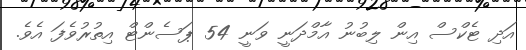
އަދި ޓެކްސް އިން ލިބުނު އާމްދަނީ ވަނީ 54 ޕަސެންޓް އިތުރުވެފަ އެވެ.